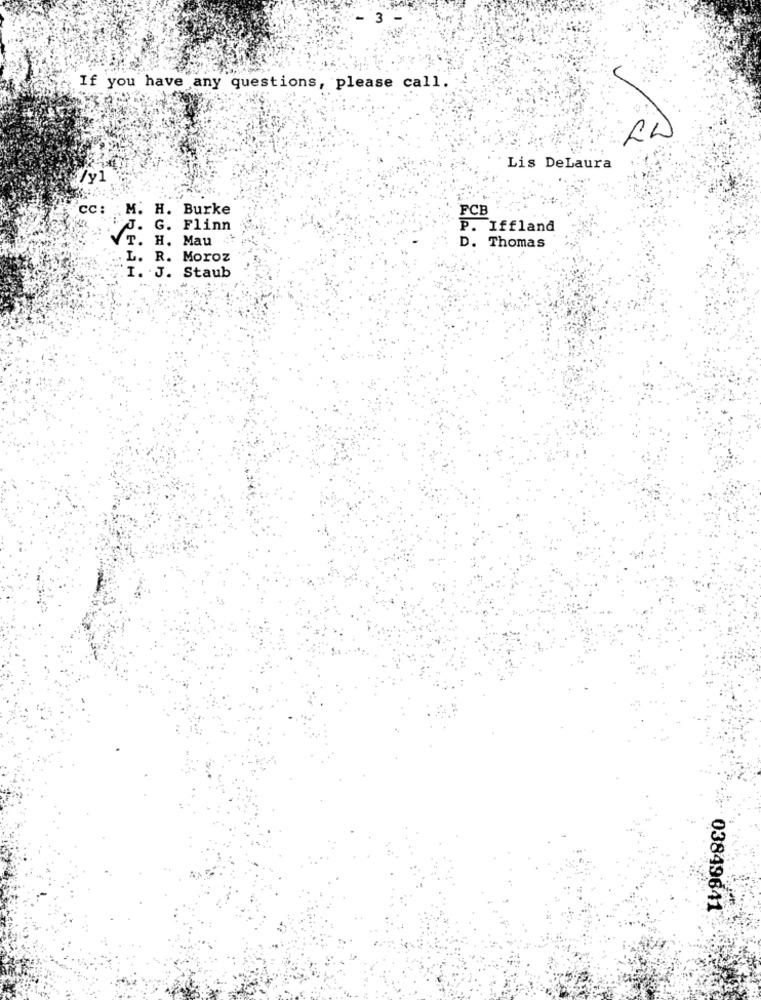
If you have any questions, please call.
Lis DeLaura
/y1
CC: M. H. Burke
FCB
J. G. Flinn
P. Iffland
T. H. Mau
D. Thomas
L. R. Moroz
I. J. Staub
03849641